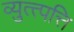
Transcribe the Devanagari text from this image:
व्युत्त्पत्ति